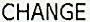
CHANGE